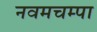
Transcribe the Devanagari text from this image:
नवमचम्पा